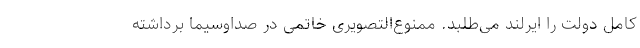
کامل دولت را ایرلند می‌طلبد. ممنوع‌التصویری خاتمی در صداوسیما برداشته